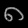
Digit: ၈